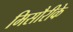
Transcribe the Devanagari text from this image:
मिसौरीके